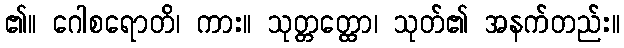
၏။ ဂေါစရောတိ၊ ကား။ သုတ္တတ္ထော၊ သုတ်၏ အနက်တည်း။